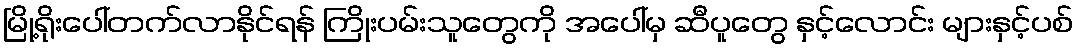
မြို့ရိုးပေါ်တက်လာနိုင်ရန် ကြိုးပမ်းသူတွေကို အပေါ်မှ ဆီပူတွေ နှင့်လောင်း များနှင့်ပစ်